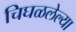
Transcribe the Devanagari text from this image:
चिघळलेल्या